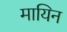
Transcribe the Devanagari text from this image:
मायिन